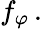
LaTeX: f_{\varphi}\, .